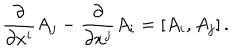
LaTeX: { \frac { \partial } { \partial x ^ { i } } } A _ { j } - { \frac { \partial } { \partial x ^ { j } } } A _ { i } = [ A _ { i } , A _ { j } ] \, .